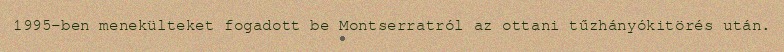
1995-ben menekülteket fogadott be Montserratról az ottani tűzhányókitörés után.